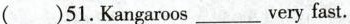
( )51.Kangaroos ___ veryfast.